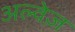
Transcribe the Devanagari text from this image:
अल्वेज़